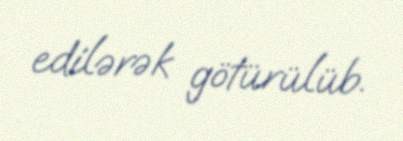
edilərək götürülüb.